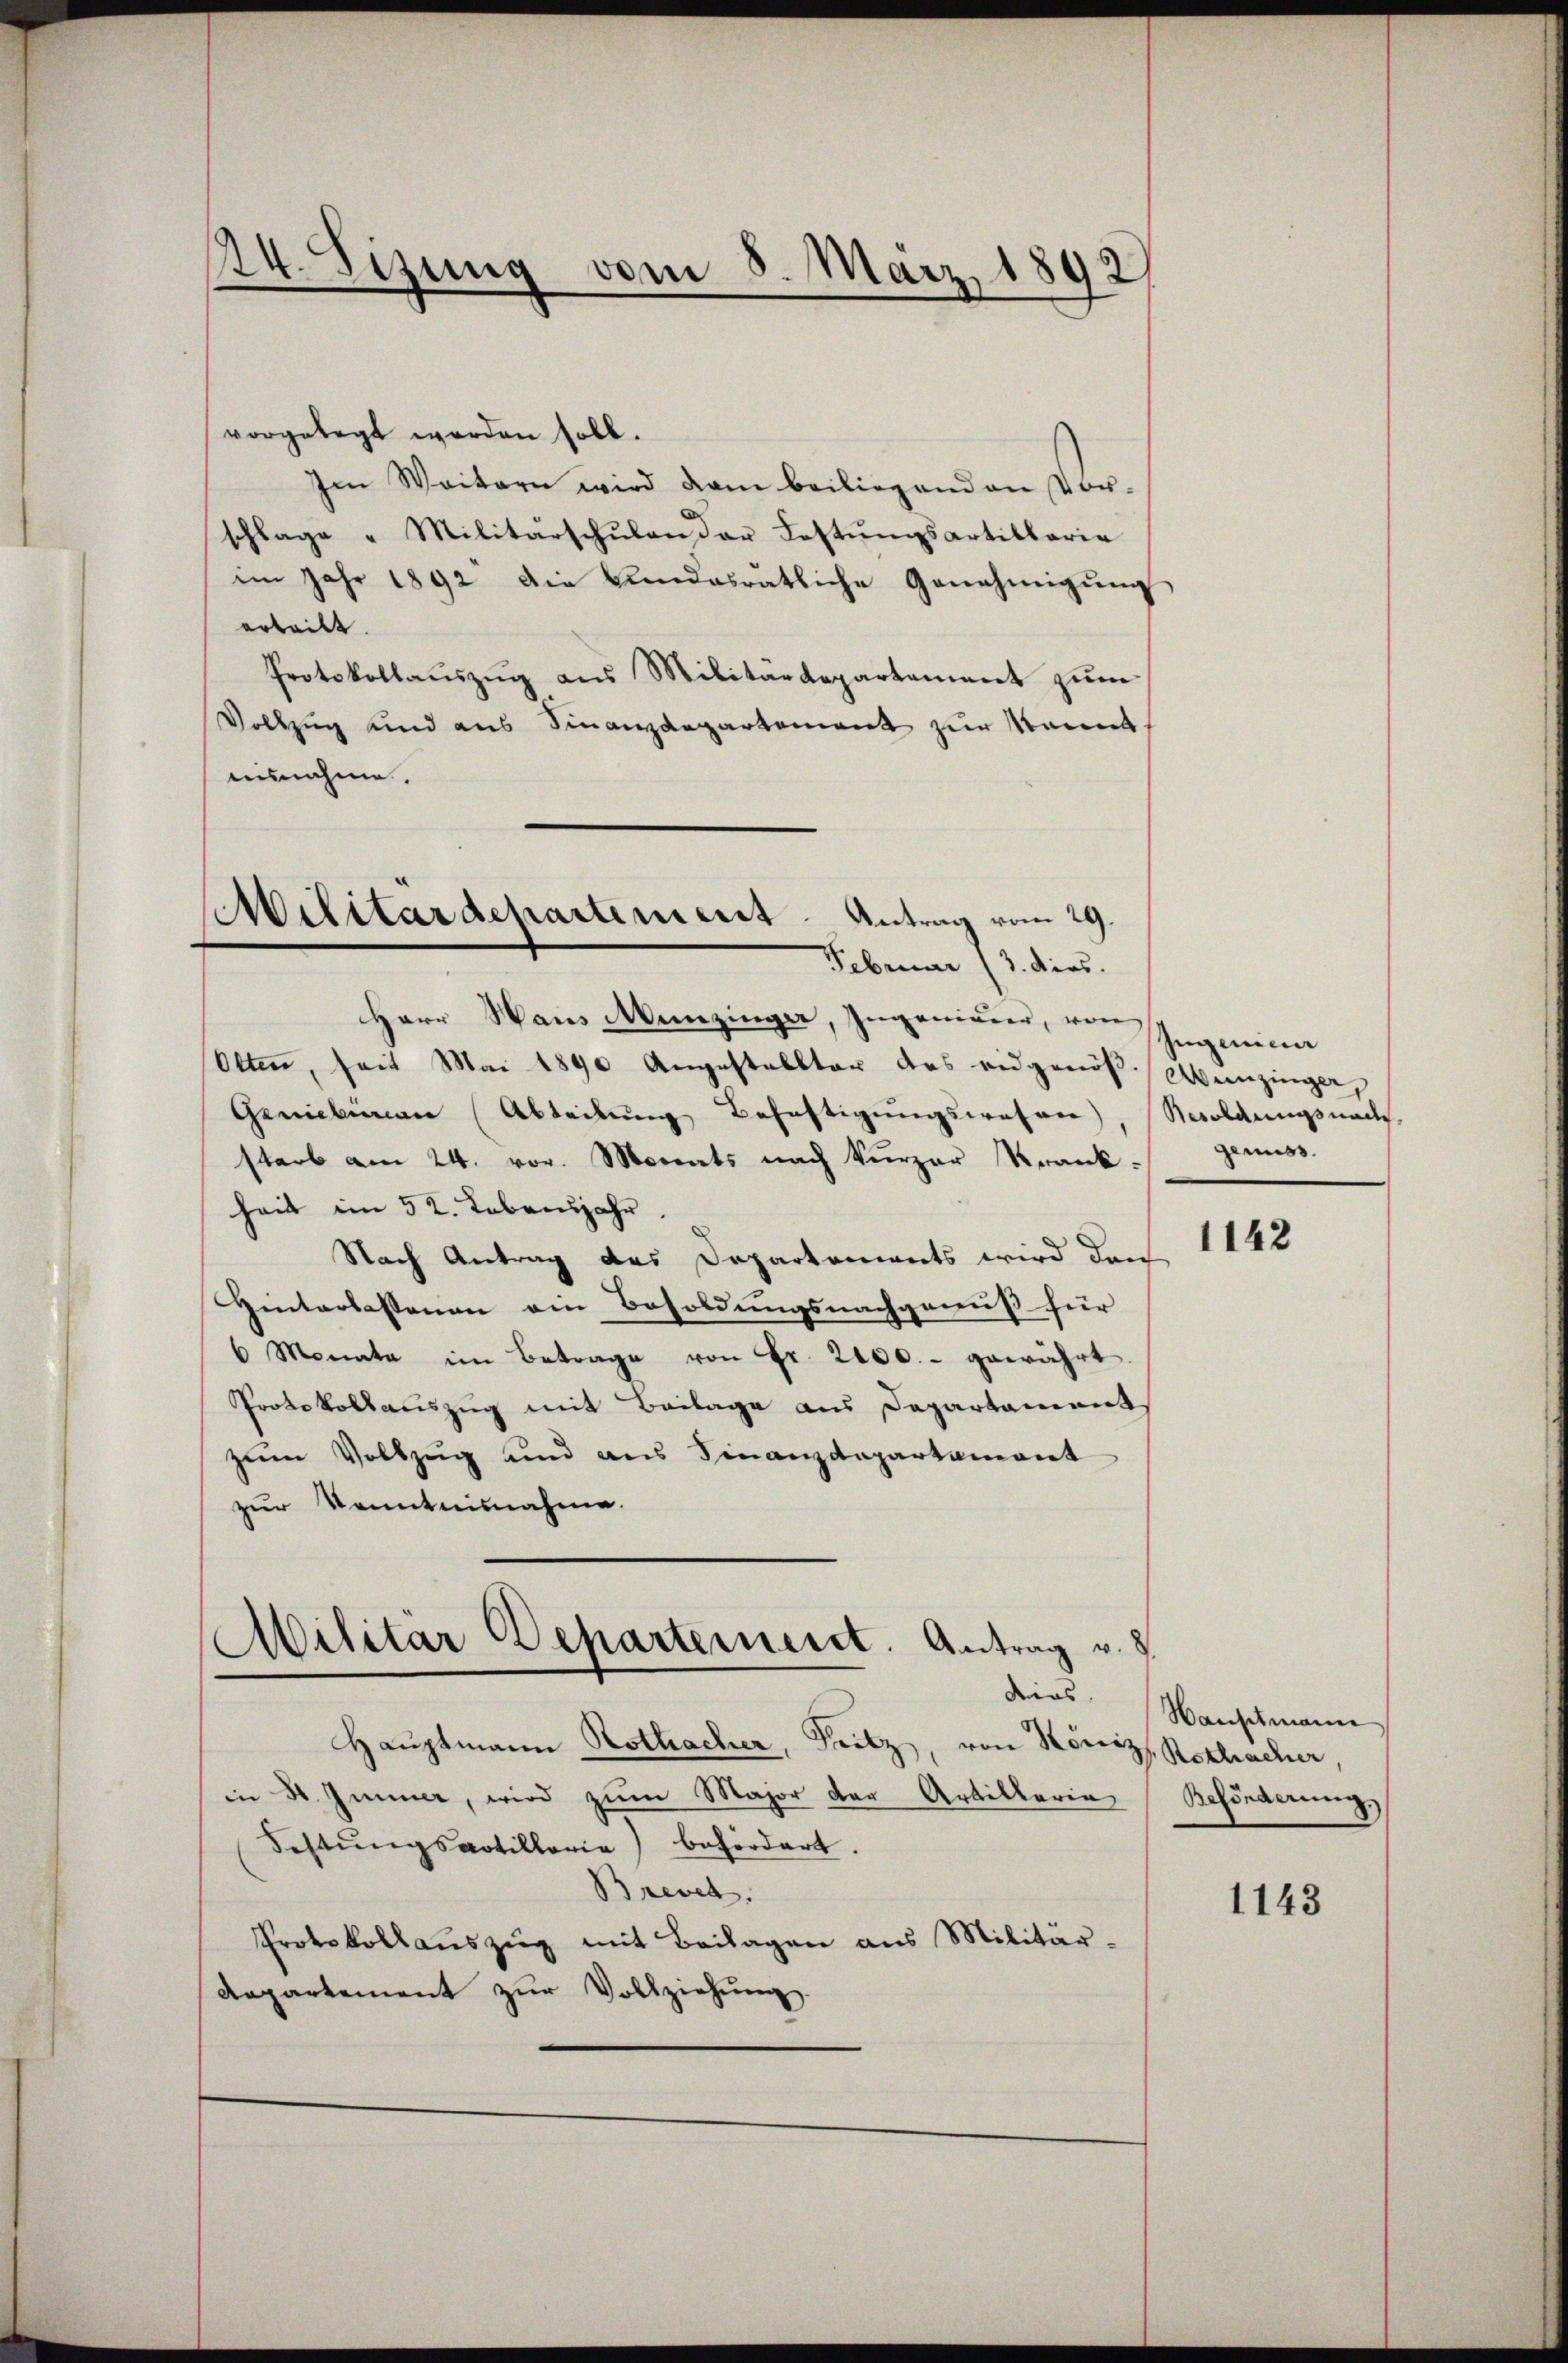
24. Sizung vom 8. März 1892

vorgelegt werden soll.
Im Weitern wird dan beiliegenden Vor-
schlage "Militärschŭlen der Lastŭngsartillaria
im Jahr 1892 die Bundesrätliche Genehmigung
ertritt.
Protokollauszug aus Militärdepartement zum
Vollzug und aus Finanzdepartement zur kannt.
ausnahme.
Herr Haus Munzinger, Ingenieur, von Ingenia
Otten, seit Mai 1890 Angestalltar des eidgenöß. Weinzingen,
Genieuren (Abteilung Behaftigungswesen)
starb am 24. vor. Monats nach kürzer Krank genuss.
heit im 52. Lebensjahr
Nach Antrag das Departements wird den
Hinterlassenen ein Besoldungsnachgewiß für
6 Monate im Betrage von Fr. 2400.- gewährt.
Protokollauszug mit Beilage aus Departament
zum Vollzug und aus Finanzdepartament
zur Kenntnisnahme.
Militär Departerneint. Antrag v. 8.
dies
Hauptmann Rothacher, Fritz, von Köniz, Rechacher
in 30. Immer, wird zum Major der Artillaria
Festŭngsartillerie) befördert.
Brevet.
Protokollaŭszŭg mit Beilagen aus Militär-
Aepartement zŭr Vollziehŭng

Militärdepartement. Antrag vom 29.
Februar (3. dies.

Beroldungsnach

1142

Hauptmann
Beförderung

1143